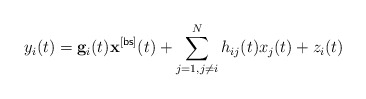
\begin{align*} y_i(t)=\mathbf{g}_i(t)\mathbf{x}^{[\sf bs]}(t)+\sum_{j=1,j\neq i}^{N}h_{ij}(t)x_j(t)+z_i(t)\end{align*}